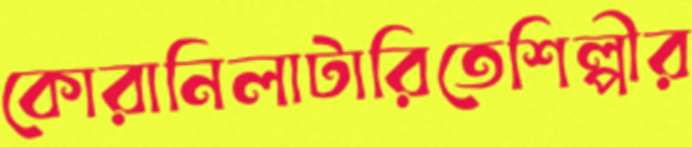
কোরানিলাটারিতেশিল্পীর